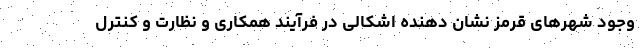
وجود شهرهای قرمز نشان دهنده اشکالی در فرآیند همکاری و نظارت و کنترل